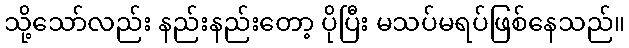
သို့သော်လည်း နည်းနည်းတော့ ပိုပြီး မသပ်မရပ်ဖြစ်နေသည်။